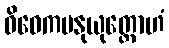
ဝိဝေကမနုယုတ္တောဟံ